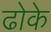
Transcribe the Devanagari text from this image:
ढोके